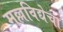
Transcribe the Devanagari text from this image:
मल्लविद्येचा